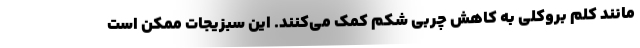
مانند کلم بروکلی به کاهش چربی شکم کمک می‌کنند. این سبزیجات ممکن است